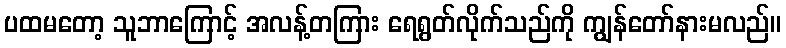
ပထမတော့ သူဘာကြောင့် အလန့်တကြား ရေရွတ်လိုက်သည်ကို ကျွန်တော်နားမလည်။